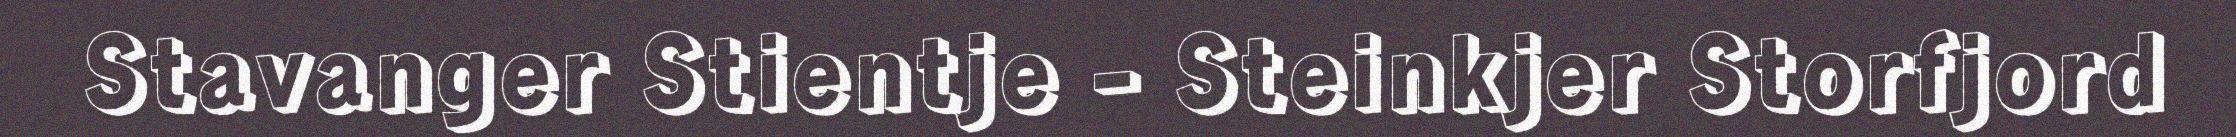
Stavanger Stientje - Steinkjer Storfjord